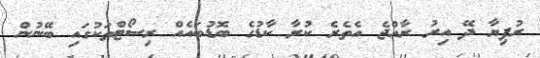
ރުފިޔާ ދޭ އިރު ރާއްޖެ އެތެރެ ކުރާ ކާޑުގެ ބޮޑުބައެއް ރިސޯޓްތަކުގައި ބޭނުން